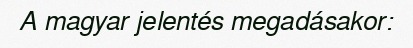
A magyar jelentés megadásakor: